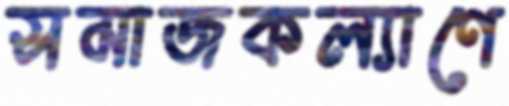
সমাজকল্যাণে